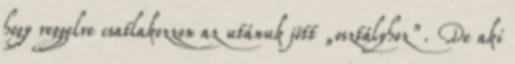
hogy reggelre csatlakozzon az utánuk jött „osztályhoz”. De aki